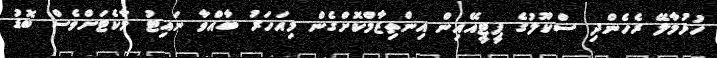
ހުޅުމާލޭ ރެހެންދި ސްކޫލުގެ ޕީޓީއޭއިން އިންތިޒާމްކޮށްގެން މިއަހަރު ބާއްވާ ނައިޓު މާކެޓަށްވެސް ބޮޑު